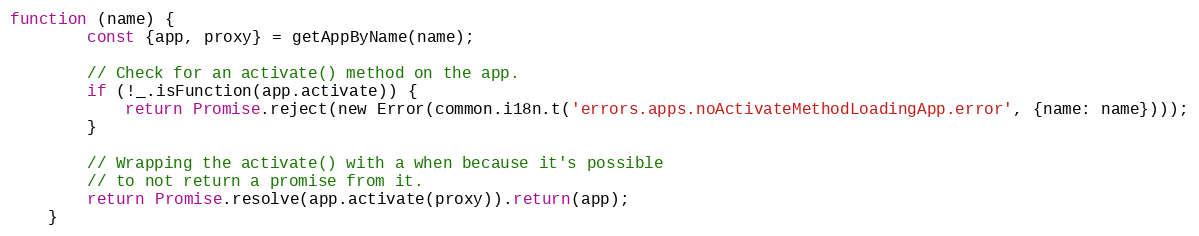
Language: JavaScript
function (name) {
        const {app, proxy} = getAppByName(name);

        // Check for an activate() method on the app.
        if (!_.isFunction(app.activate)) {
            return Promise.reject(new Error(common.i18n.t('errors.apps.noActivateMethodLoadingApp.error', {name: name})));
        }

        // Wrapping the activate() with a when because it's possible
        // to not return a promise from it.
        return Promise.resolve(app.activate(proxy)).return(app);
    }